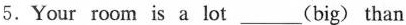
5.Your room is a lot___(big) than